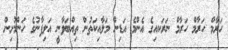
ހަރާމް ހަރާމް ހަރާމް ނަރަކއިގެ އެންމެ އަޑިން މަލާއިކަތުން ތިއްބަވާނީ އަލިފާނުގެ ހަންމުށިން